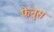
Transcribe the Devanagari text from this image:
फेनुस